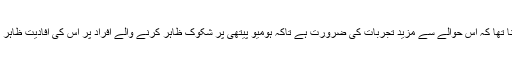
تاہم ان کا کہنا تھا کہ اس حوالے سے مزید تجربات کی ضرورت ہے تاکہ ہومیو پیتھی پر شکوک ظاہر کرنے والے افراد پر اس کی افادیت ظاہر کی جاسکے۔